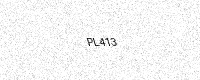
Text: PL413